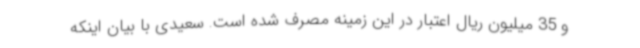
و 35 میلیون ریال اعتبار در این زمینه مصرف شده است. سعیدی با بیان اینکه